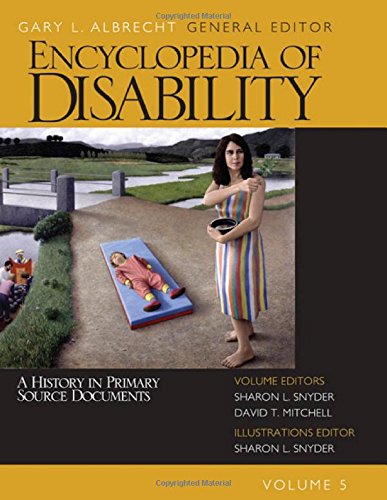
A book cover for Encyclopedia of Disability, 5 volume set; Medical Books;